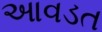
આવડત